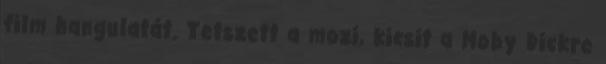
film hangulatát. Tetszett a mozi, kicsit a Moby Dickre